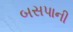
બસપાની